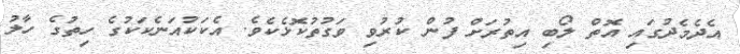
އެދެމެދުގައި އޮތް ލޯބި އިތުރަށް ފުން ކުރުވި ވަގުތުކޮޅެކެވެ. އެކަކުއަނެކަކުގެ ހިތުގެ ހާލު